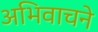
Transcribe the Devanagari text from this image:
अभिवाचने